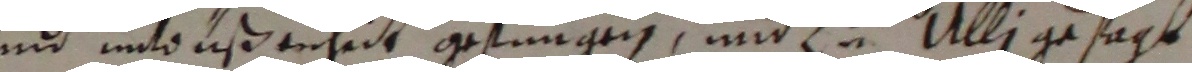
und untoußerheit gefungen und vo Uli gesagt.